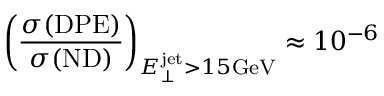
\left( \frac { \sigma ( \mathrm { D P E } ) } { \sigma ( \mathrm { N D } ) } \right) _ { E _ { \perp } ^ { \mathrm { j e t } } > 1 5 \mathrm { G e V } } \approx 1 0 ^ { - 6 }